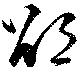
邵